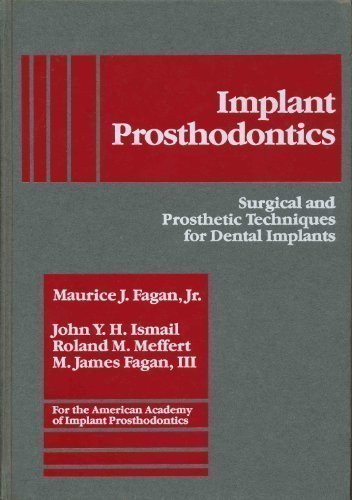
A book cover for Implant Prosthodontics: Surgical and Prosthetic Techniques for Dental Implants; Maurice J. Fagan; Medical Books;